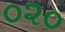
૦૨૦